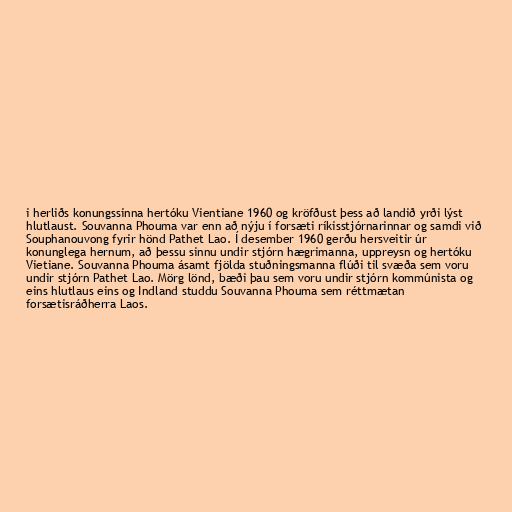
i herliðs konungssinna hertóku Vientiane 1960 og kröfðust þess að landið yrði lýst
hlutlaust. Souvanna Phouma var enn að nýju í forsæti ríkisstjórnarinnar og samdi við
Souphanouvong fyrir hönd Pathet Lao. Í desember 1960 gerðu hersveitir úr
konunglega hernum, að þessu sinnu undir stjórn hægrimanna, uppreysn og hertóku
Vietiane. Souvanna Phouma ásamt fjölda stuðningsmanna flúði til svæða sem voru
undir stjórn Pathet Lao. Mörg lönd, bæði þau sem voru undir stjórn kommúnista og
eins hlutlaus eins og Indland studdu Souvanna Phouma sem réttmætan
forsætisráðherra Laos.